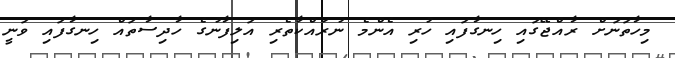
މިހާތަނަށް ރާއްޖޭގައި ހިނގާފައި ހުރި އެންމެ ނުރައްކާތެރި އަލިފާނުގެ ހާދިސާތައް ހިނގާފައި ވަނީ